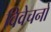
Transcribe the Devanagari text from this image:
विवेचनो